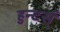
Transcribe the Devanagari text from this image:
हुन्टर्स्